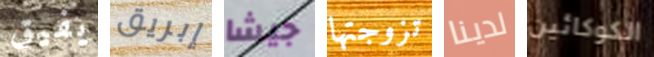
يفيق إبريق جيشا تزوجتها لدينا الكوكائين